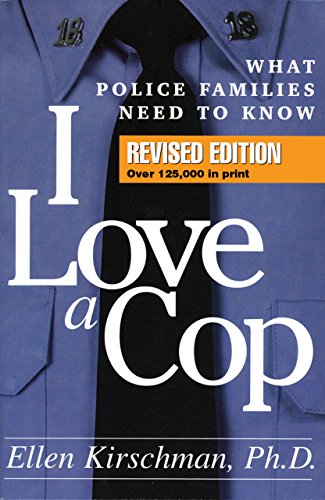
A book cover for I Love a Cop, Revised Edition: What Police Families Need to Know; Ellen Kirschman PhD; Medical Books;